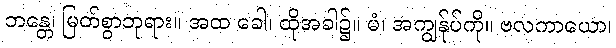
ဘန္တေ၊ မြတ်စွာဘုရား။ အထ ခေါ၊ ထိုအခါ၌။ မံ၊ အကျွန်ုပ်ကို။ ဗလကာယော၊